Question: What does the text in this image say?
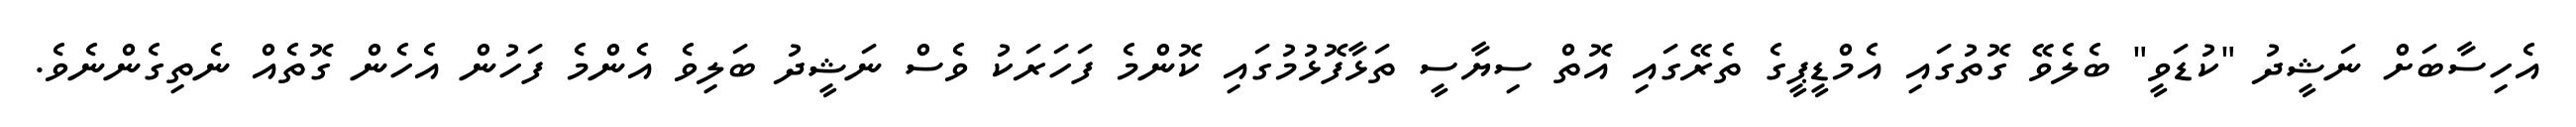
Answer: އެހިސާބަށް ނަޝީދު "ކުޑަވީ" ބެލެވޭ ގޮތުގައި އެމްޑީޕީގެ ތެރޭގައި އޮތް ސިޔާސީ ތަޅާފޮޅުމުގައި ކޮންމެ ފަހަރަކު ވެސް ނަޝީދު ބަލިވެ އެންމެ ފަހުން އެހެން ގޮތެއް ނެތިގެންނެވެ.